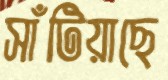
সাঁটিয়াছে